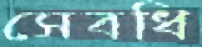
সেবধি